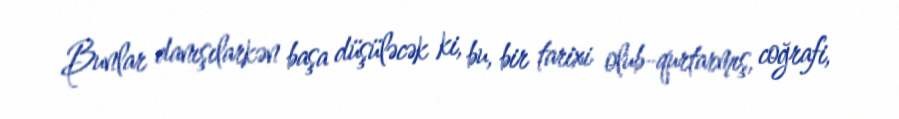
Bunlar danışılarkən başa düşüləcək ki, bu, bir tarixi olub-qurtarmış, coğrafi,